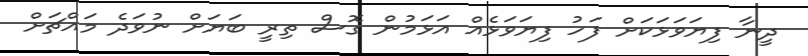
ދީނާ ފިޔަވަޅަކަށް ފަހު ފިޔަވަޅެއް އަޅަމުން ގޮސް ތިރީ ބަޔަށް ނުވަދެ މައްޗަށް